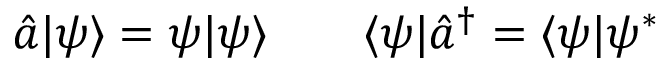
\begin{array} { r l } { \hat { a } | \psi \rangle = \psi | \psi \rangle \quad } & { { } \langle \psi | \hat { a } ^ { \dagger } = \langle \psi | \psi ^ { * } } \end{array}